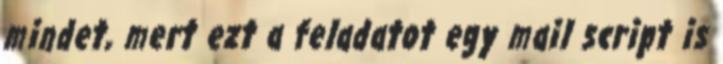
mindet, mert ezt a feladatot egy mail script is